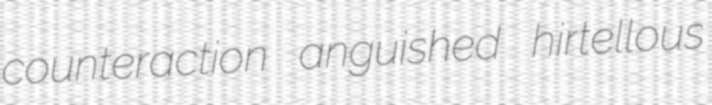
counteraction anguished hirtellous